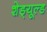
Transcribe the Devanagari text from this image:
शेड्‌यूल्ड